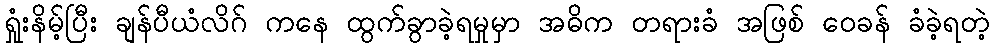
ရှုံးနိမ့်ပြီး ချန်ပီယံလိဂ် ကနေ ထွက်ခွာခဲ့ရမှုမှာ အဓိက တရားခံ အဖြစ် ဝေခန် ခံခဲ့ရတဲ့